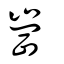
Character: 崗